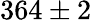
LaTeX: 364\pm 2